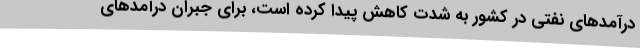
درآمدهای نفتی در کشور به شدت کاهش پیدا کرده است، برای جبران درآمدهای